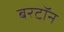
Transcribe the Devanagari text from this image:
बरटॉन